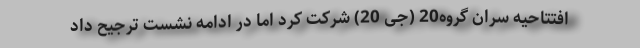
افتتاحیه سران گروه20 (جی 20) شرکت کرد اما در ادامه نشست ترجیح داد